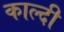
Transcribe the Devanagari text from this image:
काल्दी